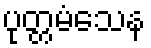
ပုတ္တမံသေန